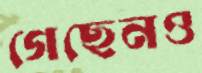
গেছেনও